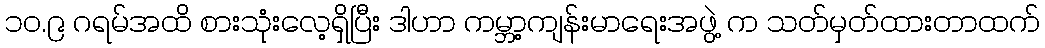
၁၀.၉ ဂရမ်အထိ စားသုံးလေ့ရှိပြီး ဒါဟာ ကမ္ဘာ့ကျန်းမာရေးအဖွဲ့ က သတ်မှတ်ထားတာထက်